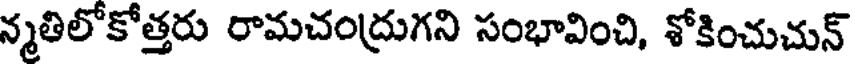
న్మతిలోకోత్తరు రామచంద్రుగని సంభావించి, శోకించుచున్